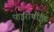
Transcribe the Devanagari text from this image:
पाइरोर्थोइड